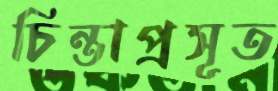
চিন্তাপ্রসূত